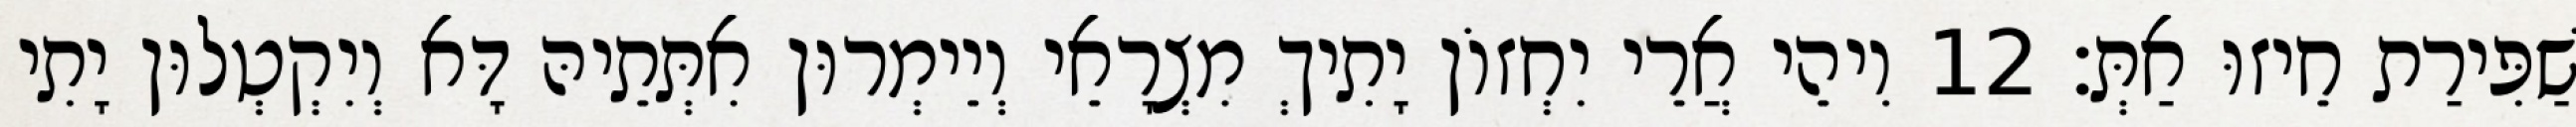
שַׁפִּירַת חֵיזוּ אַתְּ׃ 12 וִיהֵי אֲרֵי יִחְזוֹן יָתִיךְ מִצְרָאֵי וְיֵימְרוּן אִתְּתֵיהּ דָּא וְיִקְטְלוּן יָתִי